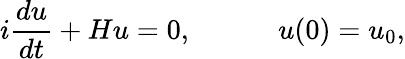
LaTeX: i\frac{du}{dt}+Hu=0,\qquad\quad u(0)=u_{0},